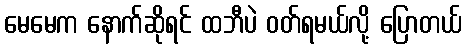
မေမေက နောက်ဆိုရင် ထဘီပဲ ဝတ်ရမယ်လို့ ပြောတယ်